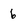
Character: 6